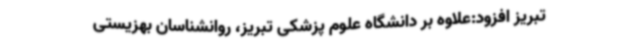
تبریز افزود:علاوه بر دانشگاه علوم پزشکی تبریز، روانشناسان بهزیستی